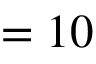
= 1 0